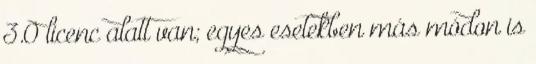
3.0 licenc alatt van; egyes esetekben más módon is